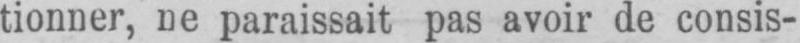
tionner, ne paraissait pas avoir de consis-